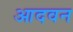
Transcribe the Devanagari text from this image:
आदवन